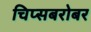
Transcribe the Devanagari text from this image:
चिप्सबरोबर